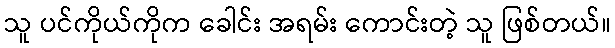
သူ ပင်ကိုယ်ကိုက ခေါင်း အရမ်း ကောင်းတဲ့ သူ ဖြစ်တယ်။